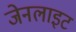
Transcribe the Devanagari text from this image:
जेनलाइट